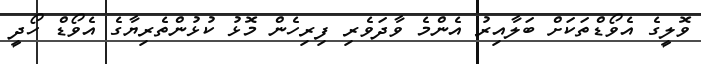
ވޮލީގެ އެވޯޑްތަކަށް ބަލާއިރު އެންމެ ވާދަވެރި ފިރިހެން މޮޅު ކުޅުންތެރިޔާގެ އެވޯޑް ހޯދީ